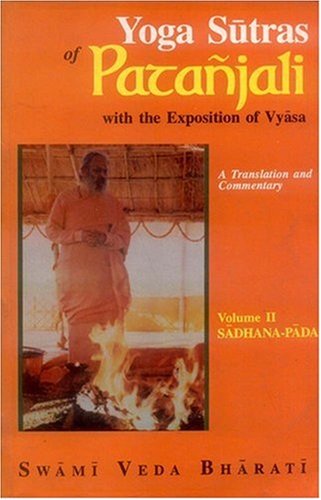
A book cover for Yoga Sutras of Patanjali; Veda Bharati Swami; Religion & Spirituality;